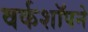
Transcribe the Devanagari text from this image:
वर्कशॉपने